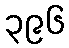
၃၉၆